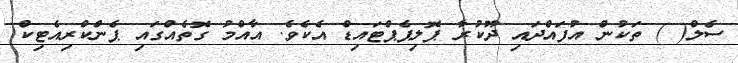
ސެލް( ) ތަކުން އުފައްދައި ދޫކުރާ ޕޮލިޕެޕްޓައިޑް އެކެވެ. އާއްމު ގޮތެއްގައި ޕެންކްރިއެޓިކް